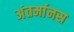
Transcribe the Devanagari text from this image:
अंतर्मानस